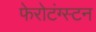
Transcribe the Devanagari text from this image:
फेरोटंग्स्टन